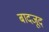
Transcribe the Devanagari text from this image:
बादजूद